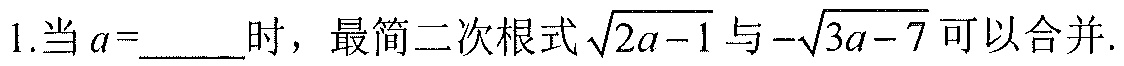
1.当\(a = \underline{\quad\quad}\)时，最简二次根式\(\sqrt{2a - 1}\)与\(-\sqrt{3a - 7}\)可以合并.